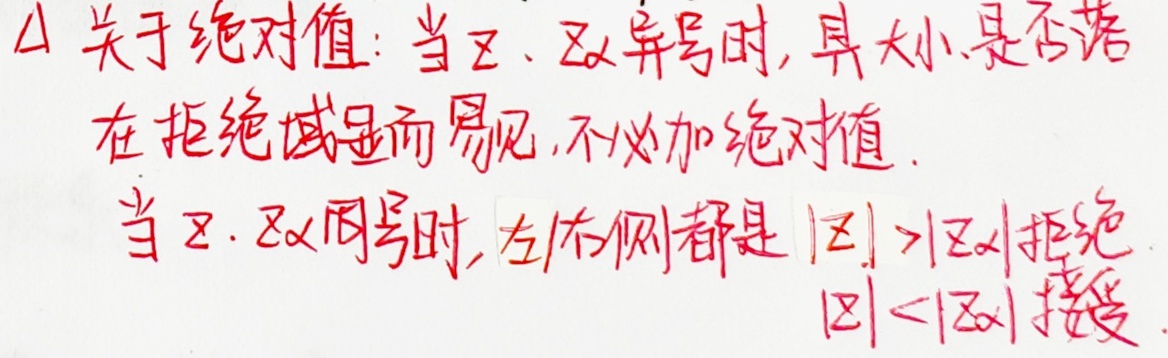
4. 关于绝对值：当\(z_1\)、\(z_2\)异号时，其大小是否落在拒绝域显而易见，不必加绝对值。当\(z_1\)、\(z_2\)同号时，左/右侧都是\(\vert z_1\vert > \vert z_2\vert\)拒绝，\(\vert z_1\vert < \vert z_2\vert\)接受。